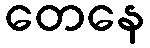
တေနေ